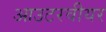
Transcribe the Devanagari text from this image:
आउटरवीयर